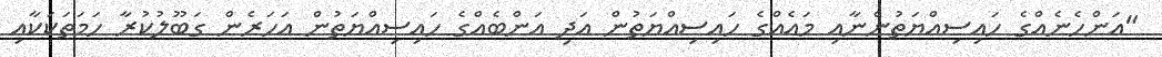
"އަންހެނެއްގެ ހައިސިއްޔަތުންނާއި މައެއްގެ ހައިސިއްޔަތުން އަދި އަންބެއްގެ ހައިސިއްޔަތުން އަހަރެން ގަބޫލުކުރާ ހަމަތަކަކާއި